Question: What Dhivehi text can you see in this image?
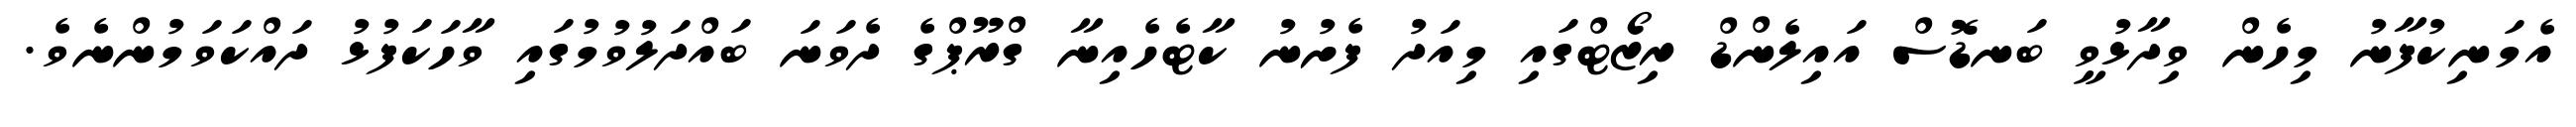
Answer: އެމަނިކުފާނު މިހެން ވިދާޅުވީ ބަނޑޮސް އައިލެންޑް ރިޒޯޓްގައި މިއަދު ފެށުނު ކާޓެހެއިނާ ގްރޫޕްގެ ދެވަނަ ބައްދަލުވުމުގައި ވާހަކަފުޅު ދައްކަވަމުންނެވެ.